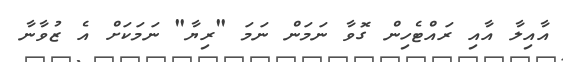
އާއިލާ އާއި ރައްޓެހިން ގޮވާ ނަމަން ނަމަ "ރިޔާ" ނަމަކަށް އެ ޒުވާނާ